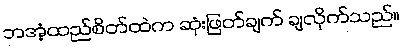
ဘအံ့ထည်စိတ်ထဲက ဆုံးဖြတ်ချက် ချလိုက်သည်။